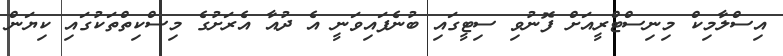
އިސްލާމިކް މިނިސްޓްރީއަށް ފޮނުވި ސިޓީގައި ބުނެފައިވަނީ އެ ދުއާ އެރަށުގެ މިސްކިތްތަކުގައި ކިޔަން